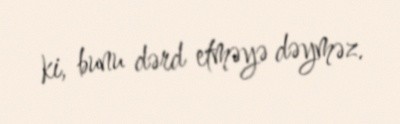
ki, bunu dərd etməyə dəyməz.